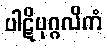
ပါဋိပုဂ္ဂလိကံ